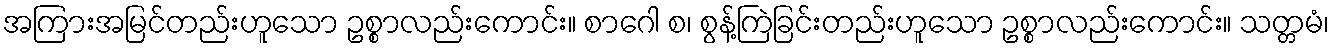
အကြားအမြင်တည်းဟူသော ဥစ္စာလည်းကောင်း။ စာဂေါ စ၊ စွန့်ကြဲခြင်းတည်းဟူသော ဥစ္စာလည်းကောင်း။ သတ္တမံ၊